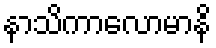
နာသိကာလောမာနိ